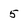
Character: 5